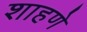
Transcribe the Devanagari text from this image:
शाहणे